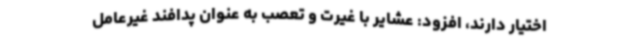
اختیار دارند، افزود: عشایر با غیرت و تعصب به عنوان پدافند غیرعامل